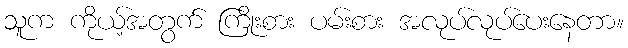
သူက ကိုယ့်အတွက် ကြိုးစား ပမ်းစား အလုပ်လုပ်ပေးနေတာ။